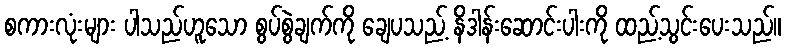
စကားလုံးများ ပါသည်ဟူသော စွပ်စွဲချက်ကို ချေပသည့် နိဒါန်းဆောင်းပါးကို ထည့်သွင်းပေးသည်။